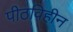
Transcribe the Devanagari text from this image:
पीठविहीन